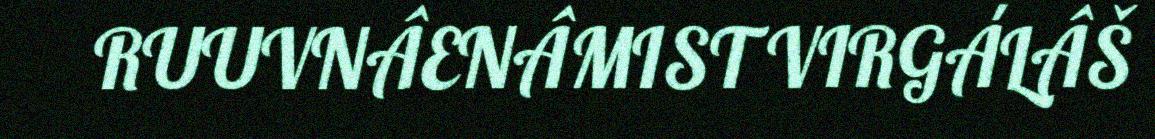
RUUVNÂENÂMIST VIRGÁLÂŠ